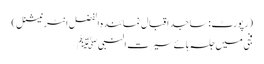
(رپورٹ : ساجد اقبال نمائندہ الفضل انٹر نیشنل )
فجی میں جلسہ ہائے سیرت النبیﷺ